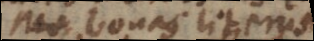
qui bonas literas